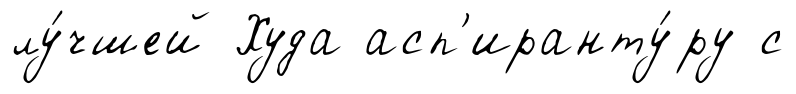
лу́чшей Худа асп'иранту́ру с